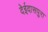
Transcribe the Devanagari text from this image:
देईदासपुरा